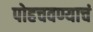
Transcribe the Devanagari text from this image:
पोहचवण्याचं